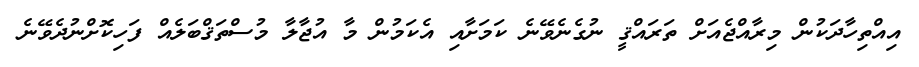
އިއްތިހާދަކުން މިރާއްޖެއަށް ތަރައްޤީ ނުގެނެވޭނެ ކަމަށާއި އެކަމުން މާ އުޖާލާ މުސްތަޤްބަލެއް ފަހިކޮށްނުދެވޭނެ